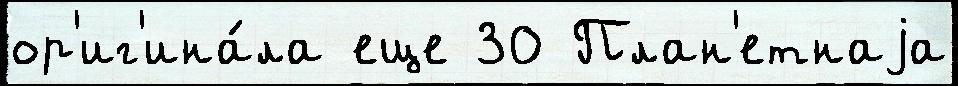
ор'иг'ина́ла еще 30 План'етнаjа